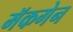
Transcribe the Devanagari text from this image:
मॅकगेन